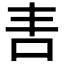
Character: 𭇈